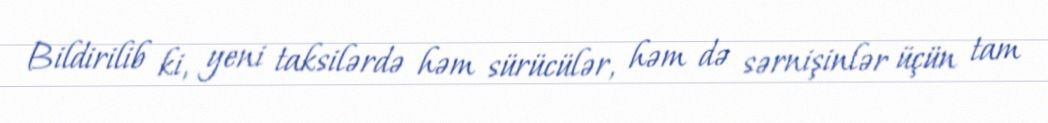
Bildirilib ki, yeni taksilərdə həm sürücülər, həm də sərnişinlər üçün tam